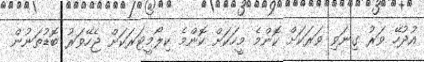
އުދުހޭ ވަރު ގިނަވި ވަރަކަށް ކޮންމެ މީހަކަށް ކޮންމެ ކިލޯމީޓަރަކަށް ޖެހޭވަރު ބޮޑުތަނުން